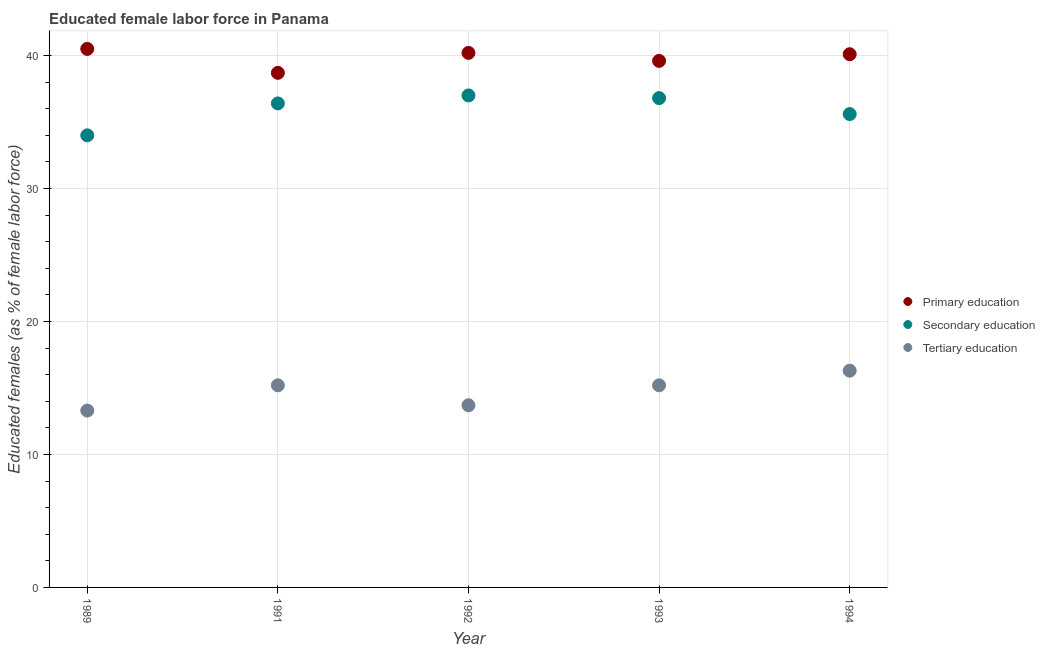
| Year | Primary education | Secondary education | Tertiary education |
 | --- | --- | --- | --- |
 | 1989 | 40.5 | 34 | 13.3 |
 | 1991 | 38.7 | 36.4 | 15.2 |
 | 1992 | 40.2 | 37 | 13.7 |
 | 1993 | 39.6 | 36.8 | 15.2 |
 | 1994 | 40.1 | 35.6 | 16.3 |